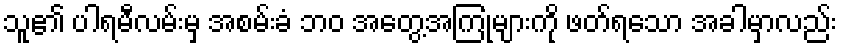
သူ၏ ပါရမီလမ်းမှ အစမ်းခံ ဘဝ အတွေ့အကြုံများကို ဖတ်ရသော အခါမှာလည်း